Annual statistical returns and brief notes on vaccination in Bengal - 1887-1898
Year: 1887
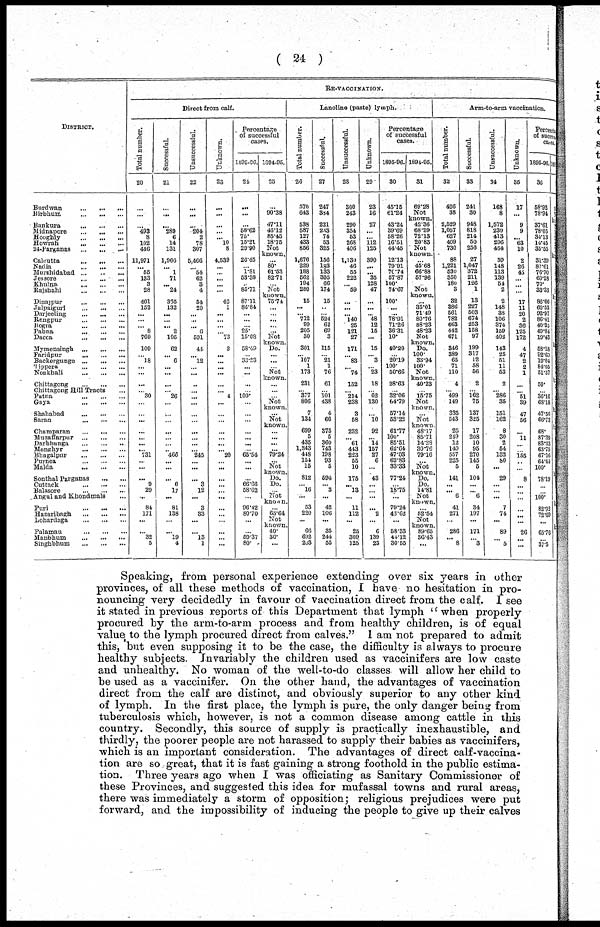
( 24 )
DISTRICT.
Burdwan
...
...
...
Birbhum ... ... ...
Bankura
...
...
...
Midnapore
...
...
...
Hooghly
...
...
...
Howrah
...
...
...
24-Parganas
...
...
...
Calcutta
...
...
...
Nadia
...
...
...
Murshidabad
...
...
...
Jessore
...
...
...
Khulna
...
...
...
Rajshahi
...
...
...
Dinajpur
...
...
...
Jalpaiguri
...
...
...
Darjeeling
...
...
...
Rangpur
...
...
...
Bogra
...
...
...
Pabna
...
...
...
Dacca
...
...
...
Mymensingh
...
...
...
Faridpur
...
...
...
Backergunge
...
...
...
Tippera
...
...
...
Noakhali
...
...
...
Chittagong
...
...
...
Chittagong Hill Tracts ...
Patna
...
...
...
Gaya
...
...
...
Shahabad
...
...
...
Saran
...
...
...
Champaran
...
...
...
Muzaffarpur
...
...
...
Darbhanga
...
...
...
Monghyr
...
...
...
Bhagalpur
...
...
...
Purnea
...
...
...
Malda
...
...
...
Sonthal Parganas
... ...
Cuttack
...
...
...
Balasore
...
...
...
Angul and Khondmals ...
Puri
...
...
...
Hazaribagh
...
...
...
Lohardaga
...
...
...
Palamau
...
...
...
Manbhum
...
...
...
Singhbhum
...
...
...
RE-VACCINATION.
Direct from calf.
Total number.
20
...
...
...
493
8
102
446
11,971
...
65
133
3
28
461
153
...
...
...
8
769
109
...
18
...
...
...
... 30
...
...
...
...
...
...
... 731
...
...
... 9
29
...
84
171
...
... 32
5
Successful.
21
...
...
...
289
6
14
131
1,966
... 1
71
...
24
365
132
...
... ...
2
105
62
... 6
...
...
...
... 26
...
...
...
...
...
... ...
466
...
...
... 6
17
...
81
138
...
...
19
4
Unsuccessful.
22
...
...
...
204
2
78
307
5,466
...
54
62
3
4
54
20
...
...
...
6
591
44
...
12
...
...
...
...
...
...
...
...
...
...
...
...
245
...
...
... 3
12
...
3
33
...
... 13
1
Unknown.
23
...
...
...
...
...
10
8
4,539
...
...
...
...
...
42
1
...
...
...
...
73
3
...
...
...
...
...
... 4
...
...
...
...
...
...
... 20
...
...
...
...
...
...
...
...
...
...
...
...
Percentage
of successful
cases.
1895-96.
24
...
...
...
58.62
75
15.21
29.90
20.45
...
1.81
53.38
...
85.71
87.11
86.84
...
... ...
25.
15.08
58.49
...
33.33
...
...
...
...
100..
...
...
...
...
...
...
...
65.64
...
...
...
66.68
68.62
...
96.42
80.70
...
...
69.37
80.
1894-95.
25
...
90.38
47.11
48.12
85.45
18.75
Not
known.
...
80.
61.53
82.71
...
Not
known.
75.74
...
...
...
...
...
Not
known.
Do.
...
...
...
Not
known.
...
...
...
Not
known.
...
Not
known.
...
...
...
...
79.24
...
Not
known.
Do.
Do.
... Not
known
...
65.64
Not
known
40.
80.
...
Lanoline (paste) lymph.
Total number.
26
570
643
538
587
127
433
856
1,676
229
188
562
194
280
15
...
... 712
99
205
80
301
... 107
1
173
231
... 377
806
7
134
699
5
435
1,343
448
154
15
812
... 16
...
53
220
...
66
692
203
Successful.
27
247
384
221
233
74
53
325
156
183
133
305
66
174
15
...
...
624
62
69
3
115
... 21
1
76
61
...
101
438
4
66
375
5
360
743
198
93
5
694
...
3
...
42
106
...
35
244
55
Unsuccessful.
28
300
243
290
354
53
268
406
1,130
46
55
222
...
59
...
...
...
140
25
121
27
171
... 83
...
74
152
... 214
238
3
58
232
... 61
443
223
55
10
175
... 13
...
11
112
...
25
309
125
Unknown.
29
23
16
27
...
...
112
125
390
...
... 35
128
47
...
... ...
48
12
15
...
15
... 3
...
23
18
...
62
130
...
10
92
... 14
157
27
6
...
43
...
...
...
... 2
...
6
139
23
Percentage
of successful
cases.
1895-96.
30
45.15
61.24
43.24
39.69
58.26
16.51
44.45
12.13
79.91
70.74
57.87
100.
74.67
100.
...
...
78.91
71.26
36.31
10.
40.20
...
20.19
100.
50.66
28.63
...
32.06
64.79
57.14
53.22
61.77
100.
85.51
62.64
47.03
62.83
33.33
77.24
...
18.75
...
79.24
48.62
...
58.33
44.12
30.55
1891-95.
31
69.28
Not
known.
42.36
68.29
72.13
20.83
Not
known.
...
45.68
66.88
57.96
...
Not
known.
...
35.01
71.49
80.76
88.23
48.23
Not
known.
Do.
100.
33.94
100.
Not
known.
40.23
...
15.75
Not
known.
...
Not
known
48.17
85.71
14.28
30.76
79.16
...
Not
known.
Do.
Do.
14.81
Not
known.
...
52.54
Not
known.
89.65
36.43
...
Arm-to-arm vaccination.
Total number.
32
426
38
2,529
1,057
627
409
730
88
1,221
530
350
180
3
32
386
561
782
663
442
671
346
389
65
71
110
4
... 499
149
385
543
25
249
12
149
557
225
5
141
...
... 6
41
271
...
286
... 8
Successful.
33
241
30
948
818
214
50
256
27
1,047
372
211
126
1
13
227
503
674
253
158
97
199
317
12
58
56
2
...
162
75
137
325
17
208
10
95
270
145
5
104
...
... 6
34
197
...
171
...
3
Unsuccessful.
34
168
8
1,572
230
413
296
464
59
148
113
139
54
2
2
148
38
106
374
159
402
143
25
51
11
53
2
... 286
35
151
162
8
30
2
54
132
80
...
29
...
...
...
7
74
...
89
...
5
Unknown.
35
17
...
9
9
...
63
10
2
26
45
...
...
...
17
11
20
2
36
125
172
4
47
2
2
1
... ... 51
39
47
56
... 11
...
...
155
...
...
8
...
...
...
...
...
...
26
...
...
Percentage
of Successful
cases.
1895-96.
36
58.92
78.94
37.61
78.05
34.13
14.45
35.55
31.39
87.61
76.70
60.28
70.
83.33
86.66
60.53
92.97
86.41
40.33
49.84
19.43
58.18
92.60
19.04
84.05
51.37
50.
...
36.16
68.18
47.56
66.73
68.
87.39
83.33
63.75
67.16
64.44
100.
78.19
...
...
100.
82.92
72.69
...
65.76
...
37.5
1894
Speaking, from personal experience extending over six years in other
provinces, of all these methods of vaccination, I have no hesitation in pro-
nouncing very decidedly in favour of vaccination direct from the calf. 1 see
it stated in previous reports of this Department that lymph " when properly
procured by the arm-to-arm process and from healthy children, is of equal
value to the lymph procured direct from calves." 1 am not prepared to admit
this, but even supposing it to be the case, the difficulty is always to procure
healthy subjects. Invariably the children used as vaccinifers are low caste
and unhealthy. No woman of the well-to-do classes will allow her child to
be used as a vaccinifer. On the other hand, the advantages of vaccination
direct from the calf are distinct, and obviously superior to any other kind
of lymph. In the first place, the lymph is pure, the only danger being from
tuberculosis which, however, is not a common disease among cattle in this
country. Secondly, this source of supply is practically inexhaustible, and
thirdly, the poorer people are not harassed to supply their babies as vaccinifers,
which is an important consideration. The advantages of direct calf-vaccina-
tion are so great, that it is fast gaining a strong foothold in the public estima-
tion. Three years ago when I was officiating as Sanitary Commissioner of
these Provinces, and suggested this idea for mufassal towns and rural areas,
there was immediately a storm of opposition; religious prejudices were put
forward, and the impossibility of inducing the people to give up their calves